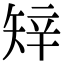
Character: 𥏔